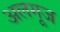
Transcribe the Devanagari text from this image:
अलगूज